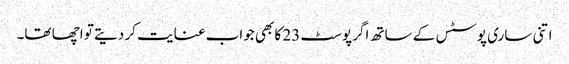
اتنی ساری پوسٹس کے ساتھ اگر پوسٹ 23 کا بھی جواب عنایت کر دیتے تو اچھا تھا۔